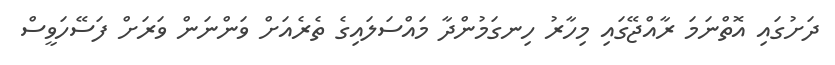
ދަށުގައި އޮތްނަމަ ރާއްޖޭގައި މިހާރު ހިނގަމުންދާ މައްސަލައިގެ ތެރެއަށް ވަންނަން ވަރަށް ފަސޭހަވީސް